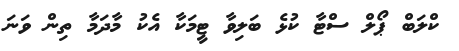
ކްލަބް ޕޯލް ސްޓާ ކުޅެ ބަލިވާ ޓީމަކާ އެކު މާދަމާ ތިން ވަނަ